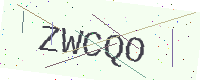
Text: ZWCQO